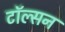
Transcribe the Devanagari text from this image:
टॉल्सन